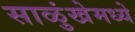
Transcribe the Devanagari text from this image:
साळुंखेमध्ये